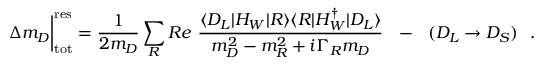
\Delta m _ { D } \bigg | _ { \mathrm { t o t } } ^ { \mathrm { r e s } } = \frac { 1 } { 2 m _ { D } } \sum _ { R } R e ~ \frac { \langle D _ { L } | { \cal H } _ { W } | R \rangle \langle R | { \cal H } _ { W } ^ { \dagger } | D _ { L } \rangle } { m _ { D } ^ { 2 } - m _ { R } ^ { 2 } + i \Gamma _ { R } m _ { D } } \ \ - \ \ ( D _ { L } \to D _ { S } ) \ \ .